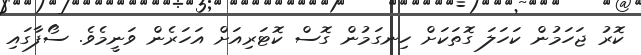
ކޮރު ޖަހަމުން ކަހަލަ ގޮތަކަށް ހިނގަމުން ގޮސް ކޮޓަރިއަށް އަހަރެން ވަނީމެވެ. ސޯފާގައި